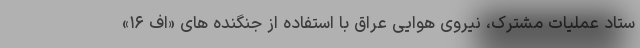
ستاد عملیات مشترک، نیروی هوایی عراق با استفاده از جنگنده های «اف ۱۶»